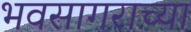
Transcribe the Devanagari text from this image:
भवसागराच्या